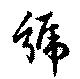
号